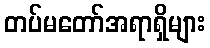
တပ်မတော်အရာရှိများ